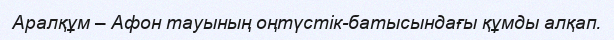
Аралқұм – Афон тауының оңтүстік-батысындағы құмды алқап.